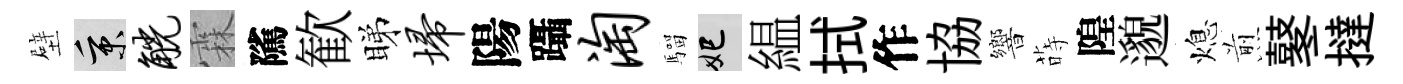
壁秉觥霖隲歓睇埽陽躡淘騮妃緼拭作協響蒔隍邈熄煎鼕撻